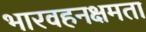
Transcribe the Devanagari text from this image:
भारवहनक्षमता